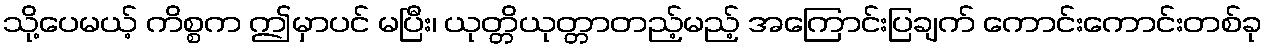
သို့ပေမယ့် ကိစ္စက ဤမှာပင် မပြီး၊ ယုတ္တိယုတ္တာတည့်မည့် အကြောင်းပြချက် ကောင်းကောင်းတစ်ခု